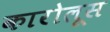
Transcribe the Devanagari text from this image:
कारोलूस